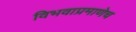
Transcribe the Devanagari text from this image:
विभवाप्रमाणेच